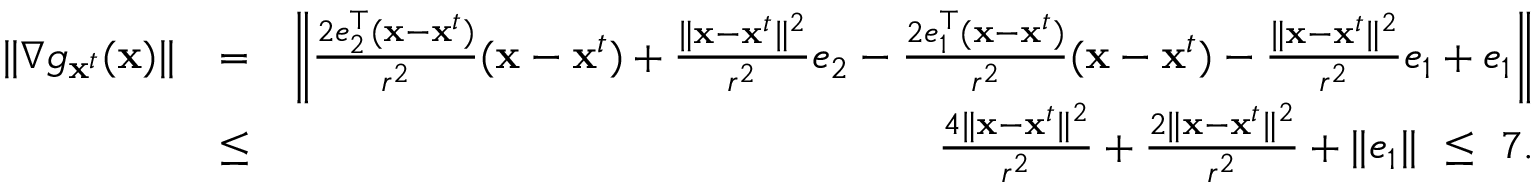
\begin{array} { r l r } { \| \nabla g _ { \mathbf x ^ { t } } ( \mathbf x ) \| } & { = } & { \left\| \frac { 2 e _ { 2 } ^ { \top } ( \mathbf x - \mathbf x ^ { t } ) } { r ^ { 2 } } ( \mathbf x - \mathbf x ^ { t } ) + \frac { \| \mathbf x - \mathbf x ^ { t } \| ^ { 2 } } { r ^ { 2 } } e _ { 2 } - \frac { 2 e _ { 1 } ^ { \top } ( \mathbf x - \mathbf x ^ { t } ) } { r ^ { 2 } } ( \mathbf x - \mathbf x ^ { t } ) - \frac { \| \mathbf x - \mathbf x ^ { t } \| ^ { 2 } } { r ^ { 2 } } e _ { 1 } + e _ { 1 } \right\| } \\ & { \leq } & { \frac { 4 \| \mathbf x - \mathbf x ^ { t } \| ^ { 2 } } { r ^ { 2 } } + \frac { 2 \| \mathbf x - \mathbf x ^ { t } \| ^ { 2 } } { r ^ { 2 } } + \| e _ { 1 } \| \ \leq \ 7 . } \end{array}